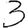
Digit: 3